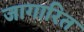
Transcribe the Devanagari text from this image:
जागारित